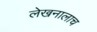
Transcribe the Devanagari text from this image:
लेखनालाच